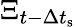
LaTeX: \Xi_{t-\Delta t_{\textrm{s}}}